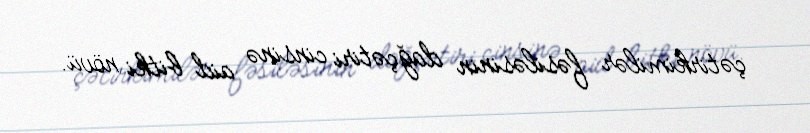
çətirkimilər fəsiləsinin dağçətiri cinsinə aid bitki növü.